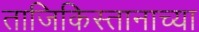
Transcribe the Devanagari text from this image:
ताजिकिस्तानाच्या